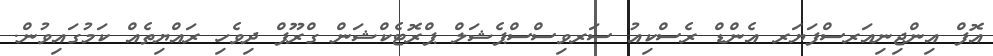
އޮފް އިންޖިނިއަރސްފަޔަރ އެންޑް ރެސްކިއު ސަރވިސްސްޕެޝަލް ޕްރޮޓެކްޝަން ގްރޫޕް ދިވެހި ރައްޔިތެއް ކަމުގައިވުން.